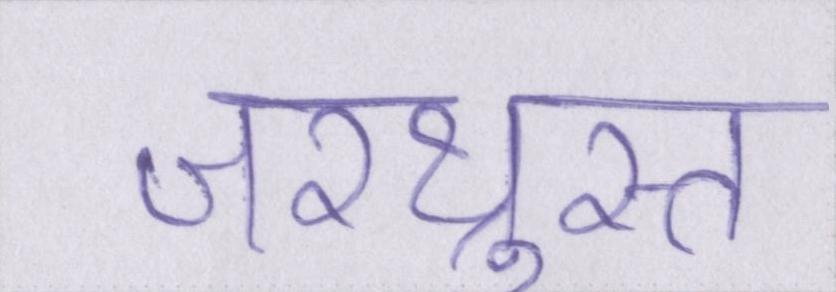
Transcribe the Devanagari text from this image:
ज़रथ्रुस्त